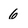
Character: 6